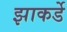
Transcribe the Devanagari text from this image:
झाकर्डे